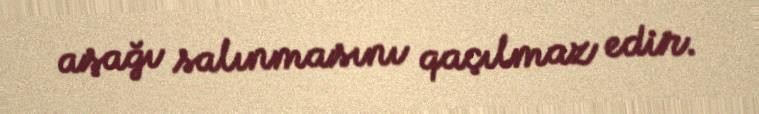
aşağı salınmasını qaçılmaz edir.